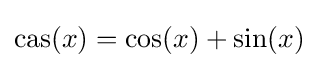
{\rm {cas}}(x)=\cos(x)+\sin(x)